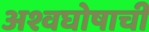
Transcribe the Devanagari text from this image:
अश्वघोषाची